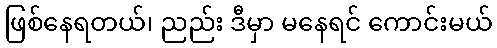
ဖြစ်နေရတယ်၊ ညည်း ဒီမှာ မနေရင် ကောင်းမယ်